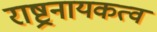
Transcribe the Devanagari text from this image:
राष्ट्रनायकत्व